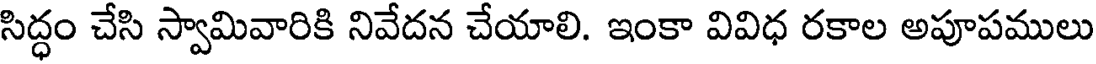
సిద్ధం చేసి స్వామివారికి నివేదన చేయాలి. ఇంకా వివిధ రకాల అపూపములు